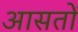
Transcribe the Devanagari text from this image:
आसतों